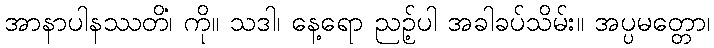
အာနာပါနဿတိံ၊ ကို။ သဒါ၊ နေ့ရော ညဉ့်ပါ အခါခပ်သိမ်း။ အပ္ပမတ္တော၊